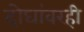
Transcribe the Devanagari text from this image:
दोघांवरही